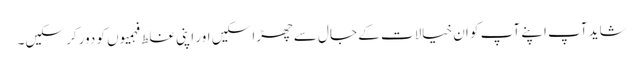
شاید آپ اپنے آپ کو ان خیالات کے جال سے چھڑا سکیں اور اپنی غلط فہمیوں کو دور کر سکیں۔